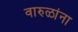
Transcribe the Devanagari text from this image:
वारुळांना